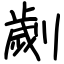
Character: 劌